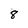
Character: 8